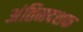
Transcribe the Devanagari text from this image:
अंतिमदशक